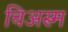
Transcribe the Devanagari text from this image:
चिअस्म